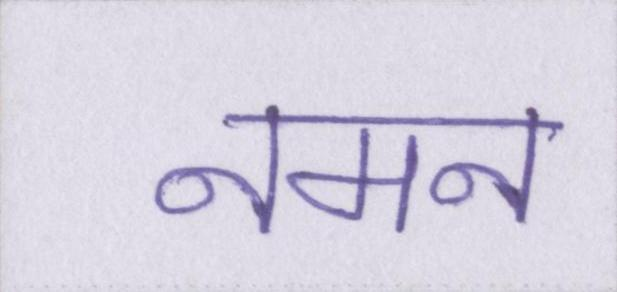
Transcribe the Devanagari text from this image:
नमन